Report on vaccination in the Province of Bengal - 1869-1873
Year: 1869
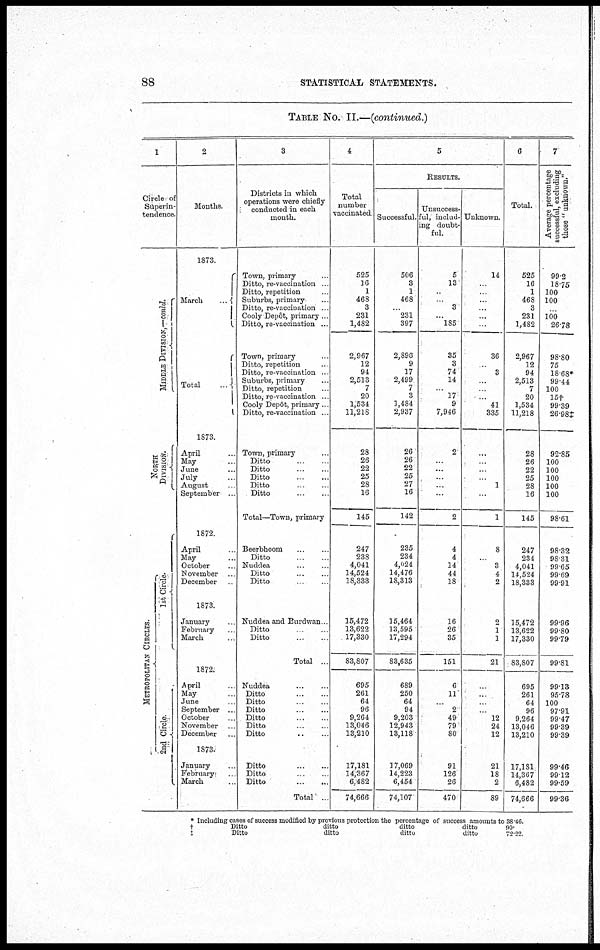
88
STATISTICAL STATEMENTS.
TABLE NO. II.—(continued.)
1
Circle of
Superin-
tendence.
MIDDLE DEVISION,—conld.
NORTH
DIVISION.
METROPOLITAN CIRCLES.
1st Circle.
2nd Circle.
2
Months.
1873.
March
...
Total
...
1873.
April ...
May ...
June ...
July ...
August ...
September ...
1872.
April ...
May ...
October ...
November ...
December ...
1873.
January ...
February ...
March ...
1872.
April ...
May
...
June ...
September ...
October ...
November ...
December ...
1873.
January ...
February ...
March ...
3
Districts in which
operations were chiefly
conducted in each
month.
Town, primary ...
Ditto, re-vaccination ...
Ditto, repetition ...
Suburbs, primary ...
Ditto, re-vaccination ...
Cooly Depôt, primary ...
Ditto, re-vaccination ...
Town, primary ...
Ditto, repetition ...
Ditto, re-vaccination ...
Suburbs, primary ...
Ditto, repetition ...
Ditto, re-vaccination ...
Cooly Depôt, primary...
Ditto, re-vaccination ...
Town, primary ...
Ditto ...
Ditto ...
Ditto ...
Ditto ...
Ditto ...
Total—Town, primary
Beerbhoom ...
Ditto ...
Nuddea ...
Ditto ...
Ditto ...
Nuddea and Burdwan ...
Ditto ...
Ditto ...
Total ...
Nuddea ... ...
Ditto ... ...
Ditto
...
...
Ditto
...
...
Ditto ... ...
Ditto ... ...
Ditto ... ...
Ditto ... ...
Ditto ... ...
Ditto
...
...
Total ...
4
Total
number
vaccinated
525
16
1
468
3
231
1,482
2,967
12
94
2,513
7
20
1,534
11,218
28
26
22
25
28
16
145
247
238
4,041
14,524
18,333
15,472
13,622
17,330
83,807
695
261
64
96
9,264
13,046
13,210
17,181
14,367
6,482
74,666
5
RESULTS.
Successful.
506
3
1
468
...
231
397
2,896
9
17
2,499
7
3
1,484
2,937
26
26
22
25
27
16
142
235
234
4,024
14,476
18,313
15,464
13,595
17,294
83,635
689
250
64
94
9,203
12,943
13,118
17,069
14,223
6,454
74,107
Unsuccess-
ful, includ-
ing doubt-
ful.
5
13
...
...
3
...
185
35
3
74
14
...
17
9
7,946
2
...
...
...
...
...
2
4
4
14
44
18
16
26
35
151
6
11
...
2
49
79
80
91
126
26
470
Unknown.
14
...
...
...
...
...
...
36
...
3
...
...
... 41
335
...
...
...
...
1
...
1
8
...
3
4
2
2
1
1
21
...
...
...
...
12
24
12
21
18
2
89
6
Total.
525
16
1
468
3
231
1,482
2,967
12
94
2,513
7
20
1,534
11,218
28
26
22
25
28
16
145
247
234
4,041
14,524
18,333
15,472
13,622
17,330
83,807
695
261
64
96
9,264
13,046
13,210
17,181
14,367
6,482
74,666
7
Average percentage
successful, excluding
those " unknown."
99.2
18.75
100
100
...
100
26.78
98.80
75
18.68*
99.44
100
15†
99.39
26.98‡
92.85
100
100
100
100
100
98.61
98.32
98.31
99.65
99.69
99.91
99.96
99.80
99.79
99.81
99.13
95.78
100
97.91
99.47
99.39
99.39
99.46
99.12
99.59
99.36
* Including cases of success modified by previous protection the percentage of success amounts to
†
Ditto
ditto
ditto
ditto
‡
Ditto
ditto
ditto
ditto
38.46.
90.
72.22.